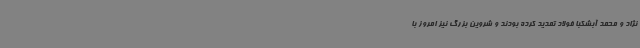
نژاد و محمد آبشکبا فولاد تمدید کرده بودند و شروین بزرگ نیز امروز با